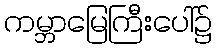
ကမ္ဘာမြေကြီးပေါ်၌